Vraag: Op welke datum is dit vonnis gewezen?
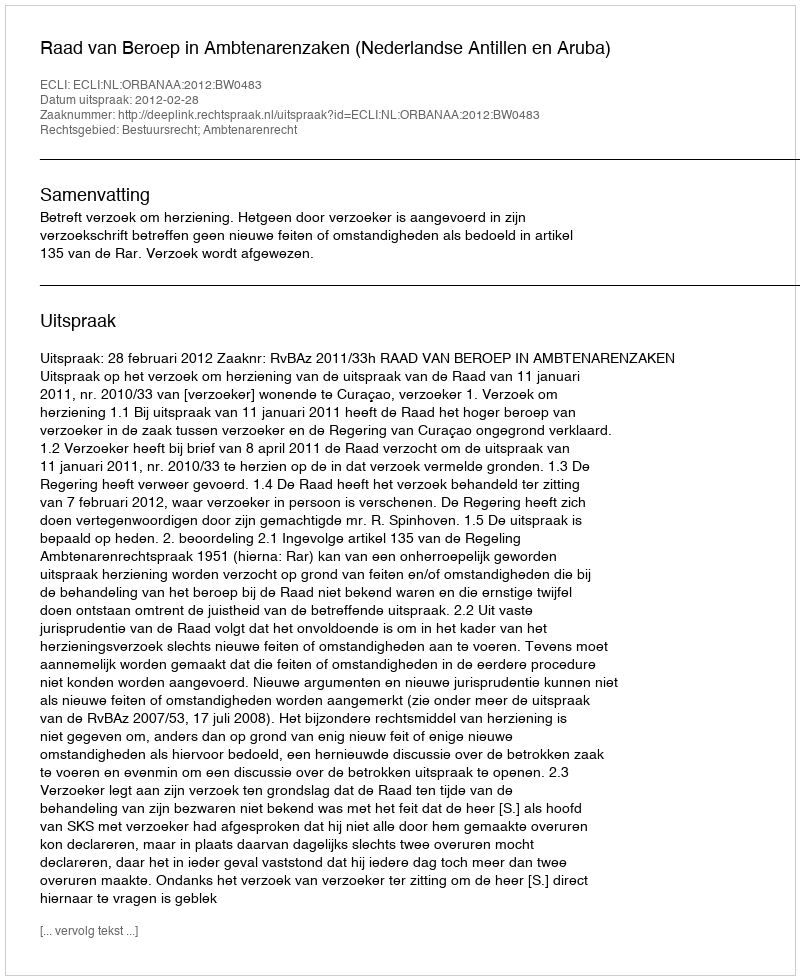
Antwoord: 2012-02-28